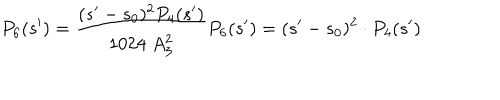
P _ { 6 } ( s ^ { \prime } ) = \frac { ( s ^ { \prime } - s _ { 0 } ) ^ { 2 } P _ { 4 } ( s ^ { \prime } ) } { 1 0 2 4 \; A _ { 3 } ^ { 2 } } P _ { 6 } ( s ^ { \prime } ) = ( s ^ { \prime } - s _ { 0 } ) ^ { 2 } \cdot P _ { 4 } ( s ^ { \prime } )